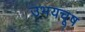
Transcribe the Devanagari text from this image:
उभयचूष